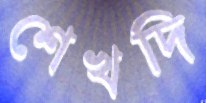
শেখদি